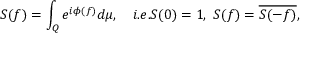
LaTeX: S ( f ) = \int _ { Q } e ^ { i \phi ( f ) } d \mu , \quad i . e . S ( 0 ) = 1 , \, \, S ( f ) = \overline { { { S ( - f ) } } } , \nonumber